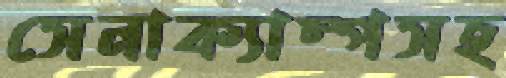
সেনাক্যাম্পসহ